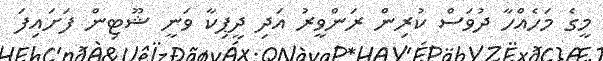
މީގެ މަހެއްހާ ދުވަސް ކުރިން ރަންވީރު އަދި ދީޕިކާ ވަނީ ޝޫޓިން ފަށައިފަ